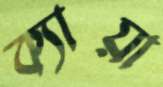
ক্যায়া